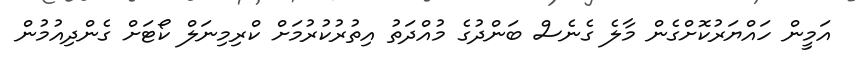
އަމީން ހައްޔަރުކޮށްގެން މާލެ ގެނެސް ބަންދުގެ މުއްދަތު އިތުރުކުރުމަށް ކްރިމިނަލް ކޯޓަށް ގެންދިއުމުން